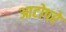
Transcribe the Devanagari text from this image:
आटोपरे